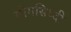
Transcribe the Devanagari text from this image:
योगसिध्दी